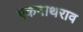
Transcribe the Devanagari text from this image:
एकनाथराव